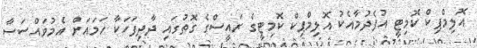
އޮލިމްޕިކް ކޮމިޓީ އުފެދުމާއެކު އޮލިމްޕިކް ކޮމިޓީގެ ރައީސްގެ ގޮތުގައި ދާދިފަހަކާ ހަމައަށް އެމުވައްސަސާ